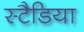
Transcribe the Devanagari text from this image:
स्टैडिया